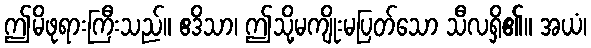
ဤမိဖုရားကြီးသည်။ ဧဒိသာ၊ ဤသို့မကျိုးမပြတ်သော သီလရှိ၏။ အယံ၊